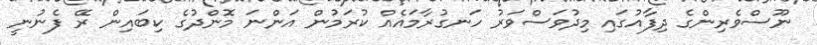
ނޫސްވެރިންގެ ދިފާއުގައި މިދުވަސްވަރު ހަނގުރާމައެއް ކުރަމުން އަންނަ މޮންދުގެ ކިބައިން ރޭ ފެނުނީ